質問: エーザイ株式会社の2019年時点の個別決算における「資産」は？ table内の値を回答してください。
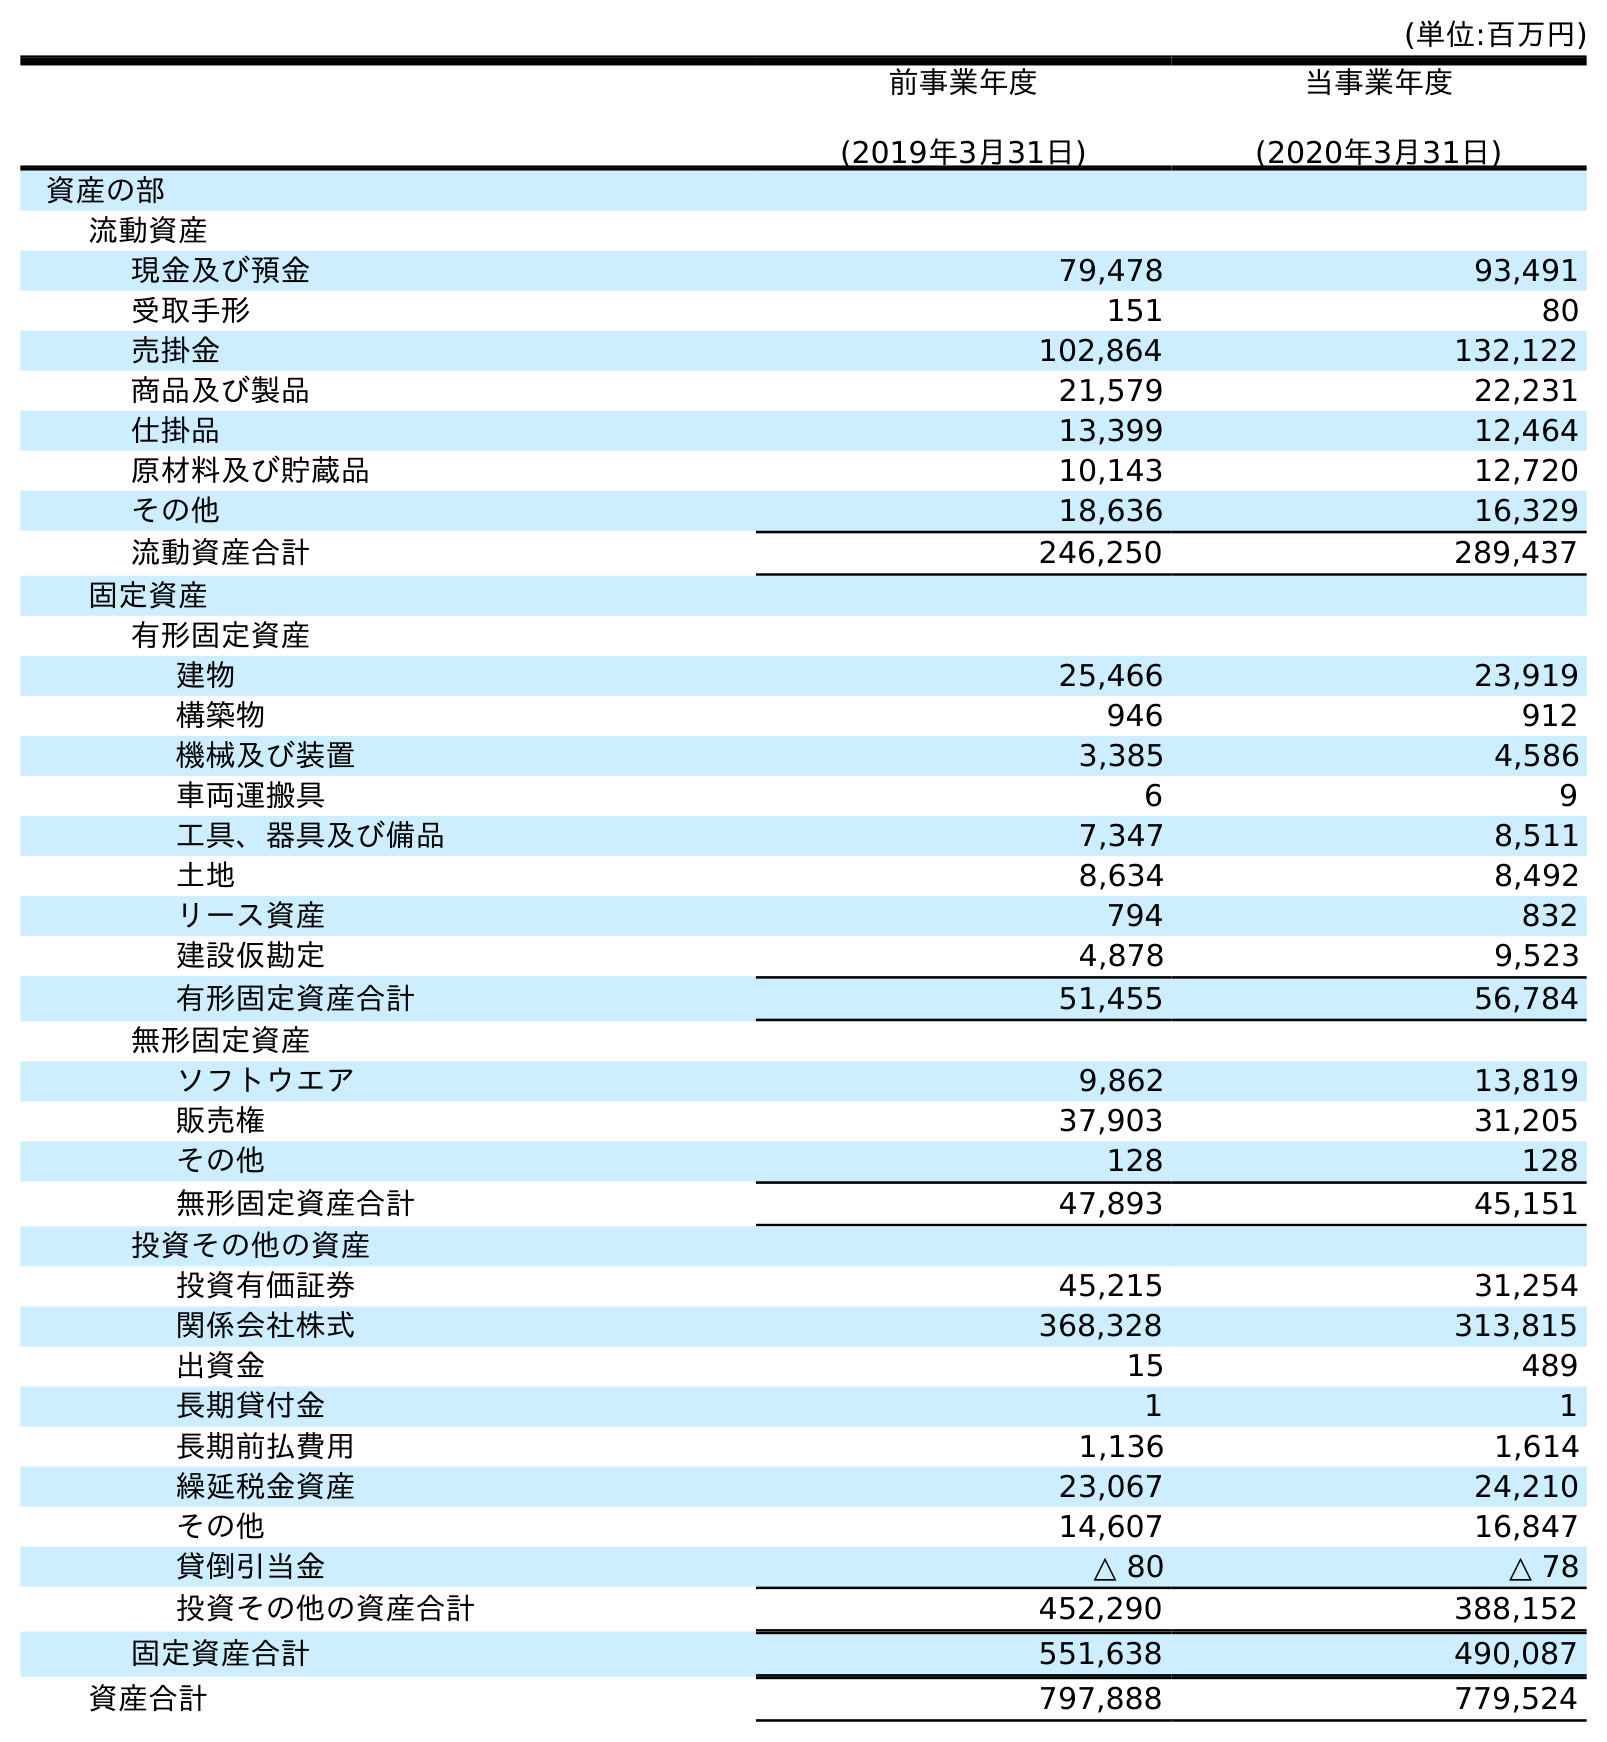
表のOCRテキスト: (単位:百万円) 前事業年度 (2019年3月31日) 当事業年度 (2020年3月31日) 資産の部 流動資産 現金及び預金 79,478 93,491 受取手形 151 80 売掛金 102,864 132,122 商品及び製品 21,579 22,231 仕掛品 13,399 12,464 原材料及び貯蔵品 10,143 12,720 その他 18,636 16,329 流動資産合計 246,250 289,437 固定資産 有形固定資産 建物 25,466 23,919 構築物 946 912 機械及び装置 3,385 4,586 車両運搬具 6 9 工具、器具及び備品 7,347 8,511 土地 8,634 8,492 リース資産 794 832 建設仮勘定 4,878 9,523 有形固定資産合計 51,455 56,784 無形固定資産 ソフトウエア 9,862 13,819 販売権 37,903 31,205 その他 128 128 無形固定資産合計 47,893 45,151 投資その他の資産 投資有価証券 45,215 31,254 関係会社株式 368,328 313,815 出資金 15 489 長期貸付金 1 1 長期前払費用 1,136 1,614 繰延税金資産 23,067 24,210 その他 14,607 16,847 貸倒引当金 △ 80 △ 78 投資その他の資産合計 452,290 388,152 固定資産合計 551,638 490,087 資産合計 797,888 779,524
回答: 797,888